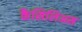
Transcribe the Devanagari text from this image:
कैसिलिअस